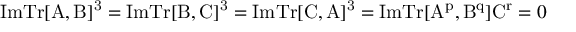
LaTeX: \mathrm { I m } \mathrm { T r [ A , B ] ^ { 3 } } = \mathrm { I m } \mathrm { T r [ B , C ] ^ { 3 } } = \mathrm { I m } \mathrm { T r [ C , A ] ^ { 3 } } = \mathrm { I m } \mathrm { T r [ A ^ { p } , B ^ { q } ] C ^ { r } } = 0